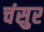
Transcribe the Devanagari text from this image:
चंसुर